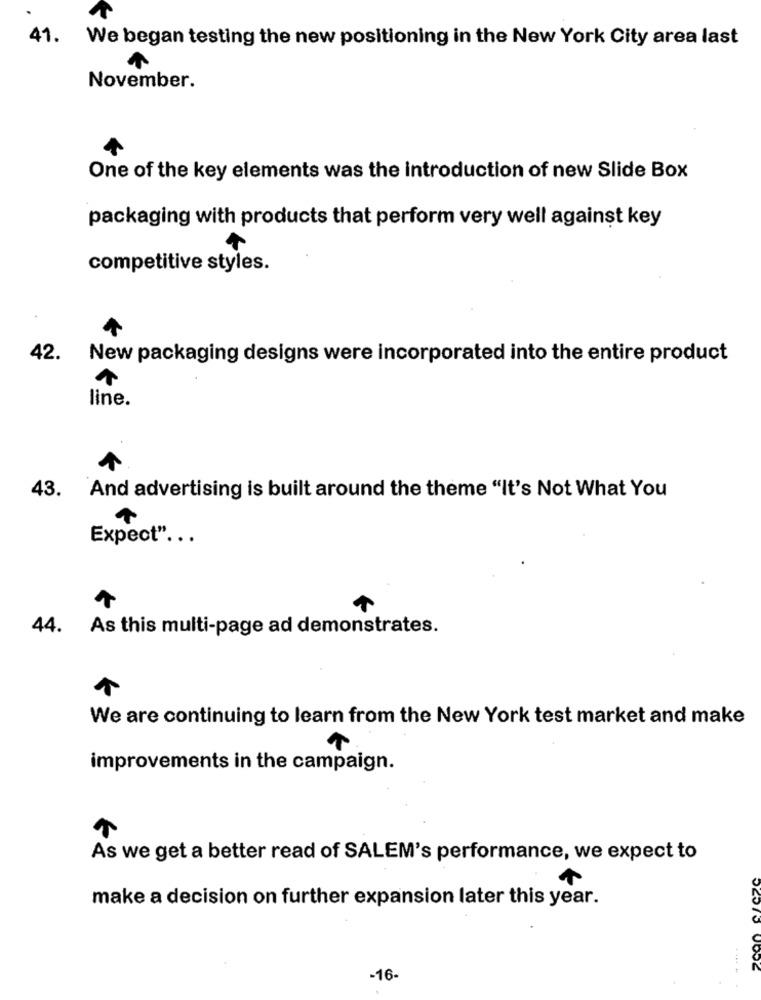
41.
We began testing the new positioning in the New York City area last
November.
One of the key elements was the introduction of new Slide Box
packaging with products that perform very well against key
competitive styles.
42. New packaging designs were incorporated into the entire product
line.
43. And advertising is built around the theme "It's Not What You
Expect" .. .
44. As this multi-page ad demonstrates.
We are continuing to learn from the New York test market and make
improvements in the campaign.
As we get a better read of SALEM's performance, we expect to
make a decision on further expansion later this year.
-16-